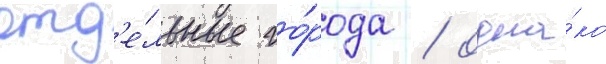
отд'е́льные го́рода / одна́ко